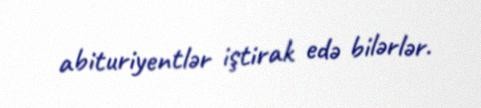
abituriyentlər iştirak edə bilərlər.